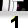
Digit: 1